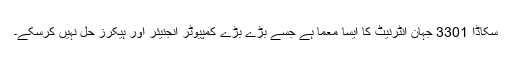
سِکاڈا 3301 جہان انٹرنیٹ کا ایسا معمّا ہے جسے بڑے بڑے کمپیوٹر انجنیئر اور ہیکرز حل نہیں کرسکے۔